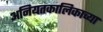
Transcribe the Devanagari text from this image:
अनियतकालिकाच्या